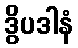
ဒွိပဒါနံ